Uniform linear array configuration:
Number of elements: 48
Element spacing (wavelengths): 0.75
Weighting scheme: exponential
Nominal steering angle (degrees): -15
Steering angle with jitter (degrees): -13.236
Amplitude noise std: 0.05
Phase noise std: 0.05

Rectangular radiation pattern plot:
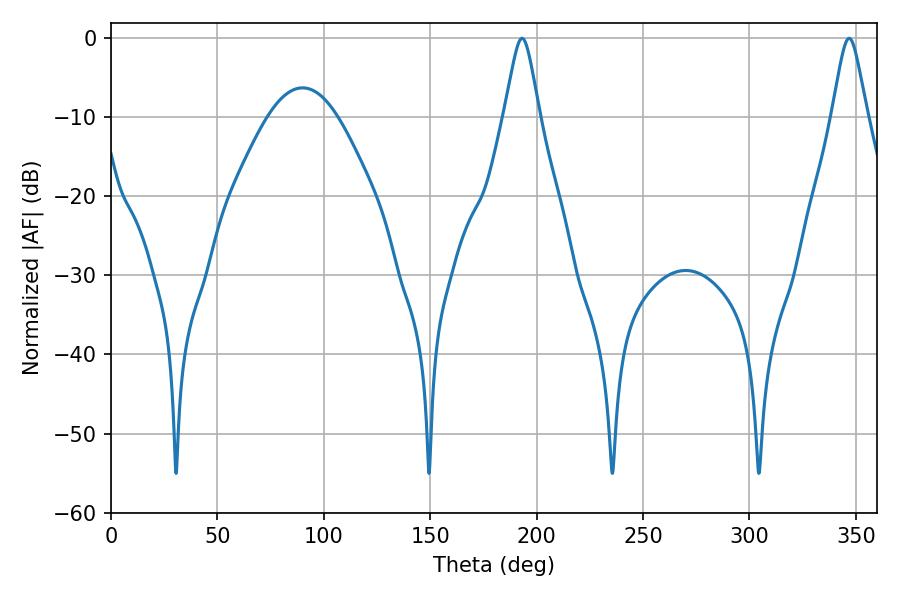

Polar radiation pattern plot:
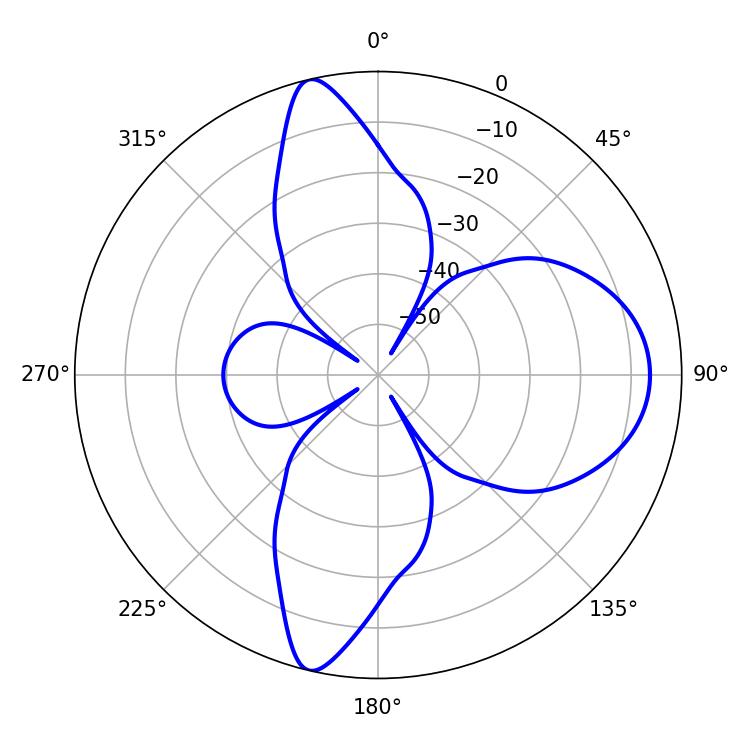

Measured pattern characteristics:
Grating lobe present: TRUE
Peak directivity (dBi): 15.622
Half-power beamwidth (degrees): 7.92
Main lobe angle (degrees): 346.86